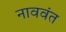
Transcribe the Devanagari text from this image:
नाववंत